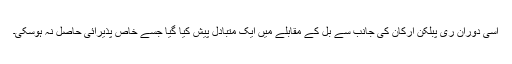
اسی دوران ری پبلکن ارکان کی جانب سے بل کے مقابلے میں ایک متبادل پیش کیا گیا جسے خاص پذیرائی حاصل نہ ہوسکی۔